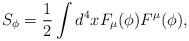
LaTeX: \begin{align*}S_{\phi}=\frac{1}{2}\int d^{4}xF_{\mu}(\phi)F^{\mu}(\phi), \end{align*}